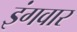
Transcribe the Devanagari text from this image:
इंगवार